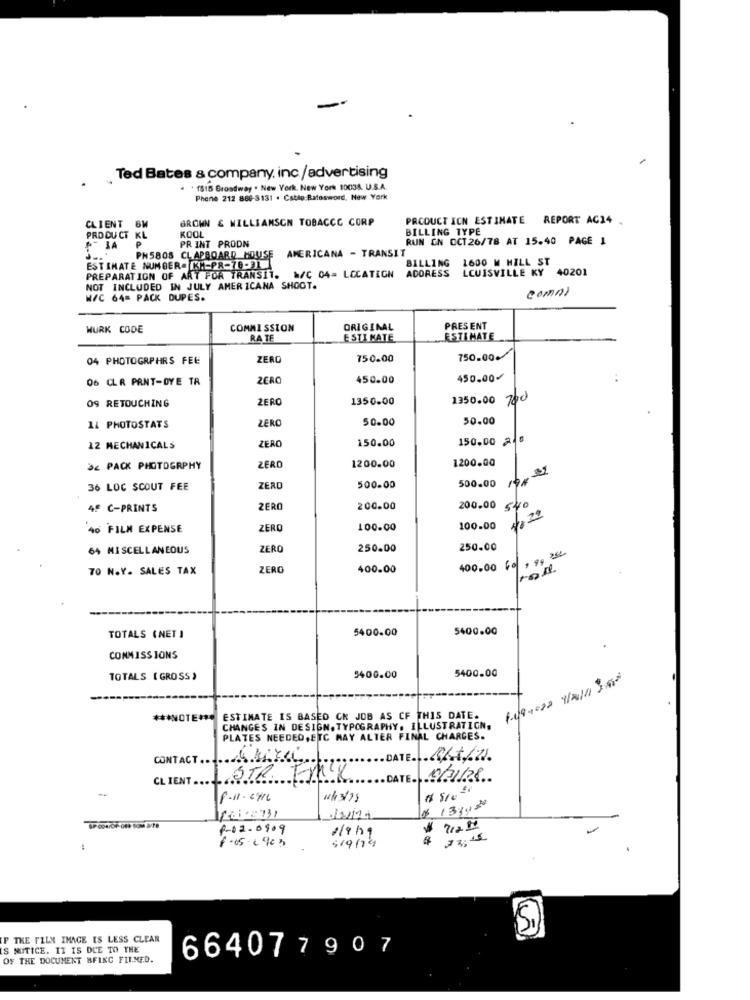
. Ted Bates & company, inc/advertising
1516 Broadway . New York, New York 10038. U.S.A.
Phone 212 880-3131 . Cable:Batosword, New York
GROWN & WILLIAMSON TOBACCO CORP
PRCOUCT ICN ESTIMATE REPORT AG24
CLIENT SW
KOOL
BILLING TYPE
PRODUCT KL
RUN ON OCT 26/78 AT 15.40 PAGE 1
PR INT PRODN
AMERICANA - TRANSIT
PH5808 CLAPBOARD HOUSE
BILLING 1600 M HILL ST
ESTIMATE NUMBER. KM-PR-76-311
LOUISVILLE KY 40201
PREPARATION OF ART FOR TRANSIT.
&/C 04= LOCATEGN
ADORESS
NOT INCLUDED IN JULY AMERICANA SHOOT.
Comni
W/C 64= PACK DUPES.
WURK CODE
COMMISSION
ORIGINAL
PRESENT
RA TE
ESTI MATE
ESTIMATE
04 PHOTOGRPHRS FEE
ZERO
750.00
750.00.
06 CLR PANT-OYE TR
450.00
450.00/
ZERO
1350.00
1350.00 700
09 RETOUCHING
ZERO
50.00
50.00
14 PHOTOSTATS
ZERO
150.00
150.00 2.0
12 MECHANICALS
1200.00
1200.00
>< PACK PHOTOGRAPHY
ZERO
500.00
36 LOC SCOUT FEE
ZERO
500.00
4º C-PRINTS
ZERO
200.00
200.00
540
40 FILM EXPENSE
ZERO
100.00
100.00
64 MISCELLANEOUS
ZERO
250.00
250.00
400.00 60 , 99 2
70 N.Y. SALES TAX
ZERO
400.00
5400.00
5400.00
TOTALS (NET )
COMMISSIONS
5400.00
TOTALS ( GROSS)
5400.00
1.09.000 1/2/1 955
*** NOTE ***
ESTIMATE IS BASED CK JOB AS CF THIS DATE.
CHANGES IN DESIGN. TYPOGRAPHY. ILLUSTRATION.
PLATES NEEDED,ETC MAY ALTER FINAL CHARGES.
CONTACT.
CLIENT.
STR FAIR
TE.
06118
-
P-11. 6416
9-02-0909
$ 712 !!
8-05- 2903
519 /14
THE FILM IMAGE IS LESS CLEAR
IS NUITICE. IT IS DUE TO THE
OF THE DOCUMENT BFINC FIL.MED.
664077907